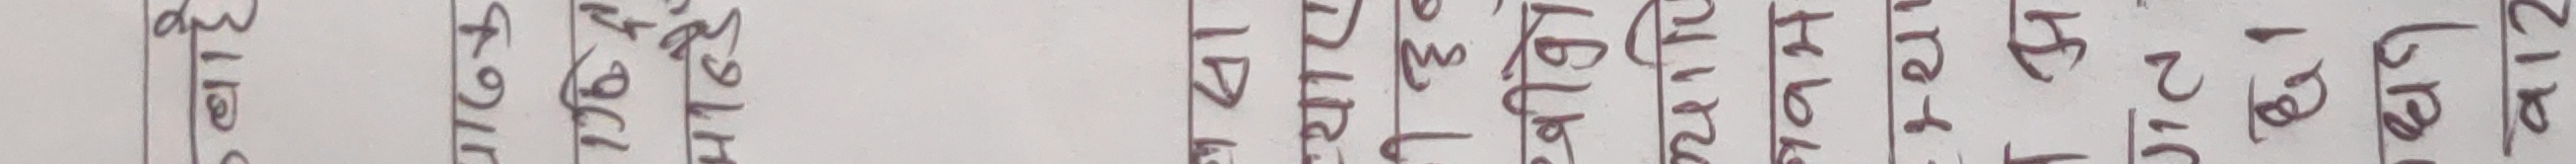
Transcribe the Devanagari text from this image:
बाहे
下の1に
मान्दै
याए
दुब
यापि
Hbk
tell
1 अ
गत
छ।
धन
व12